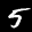
Label: 5